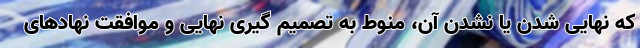
که نهایی شدن یا نشدن آن، منوط به تصمیم گیری نهایی و موافقت نهادهای